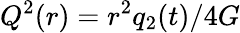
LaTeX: Q^{2}(r)=r^{2}q_{2}(t)/4G